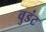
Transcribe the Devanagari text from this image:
वुडंट